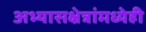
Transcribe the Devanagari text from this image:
अभ्यासक्षेत्रांमध्येही